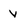
Character: v